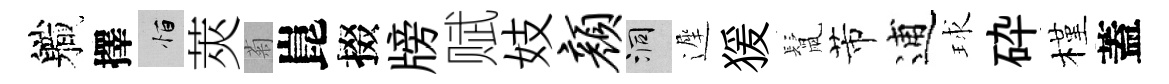
軄擇恒莢菊崑掇牓赋妓颜洞遲猨鬛芾逋球砕槿蓋